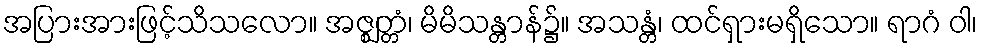
အပြားအားဖြင့်သိသလော။ အဇ္ဈတ္တံ၊ မိမိသန္တာန်၌။ အသန္တံ၊ ထင်ရှားမရှိသော။ ရာဂံ ဝါ၊